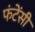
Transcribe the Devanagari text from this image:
फंटेंसी